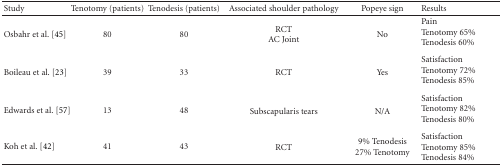
<table><thead><tr><td><b>Study </b></td><td><b>Tenotomy (patients)</b></td><td><b>Tenodesis (patients)</b></td><td><b>Associated shoulder pathology </b></td><td><b>Popeye sign</b></td><td><b>Results</b></td></tr></thead><tbody><tr><td>Osbahr et al. [45]</td><td>80</td><td>80</td><td>RCTAC Joint</td><td>No</td><td>PainTenotomy 65%Tenodesis 60%</td></tr><tr><td>Boileau et al. [23]</td><td>39</td><td>33</td><td>RCT</td><td>Yes</td><td>SatisfactionTenotomy 72%Tenodesis 85%</td></tr><tr><td>Edwards et al. [57]</td><td>13</td><td>48</td><td>Subscapularis tears</td><td>N/A</td><td>SatisfactionTenotomy 82%Tenodesis 80%</td></tr><tr><td>Koh et al. [42]</td><td>41</td><td>43</td><td>RCT</td><td>9% Tenodesis27% Tenotomy</td><td>SatisfactionTenotomy 85%Tenodesis 84%</td></tr></tbody></table>